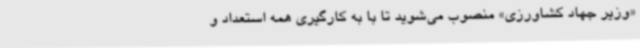
«وزیر جهاد کشاورزی» منصوب می‌شوید تا با به‌ کارگیری همه استعداد و